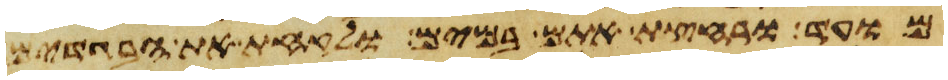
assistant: מועד ורחצת אתם במים ולקחת את הבגדים